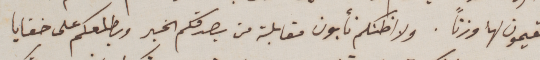
تقيمون لها وزنًا. ولا اظنكم تأبون مقابلة من يصدقكم الخبر وبطلعكم على خفايا